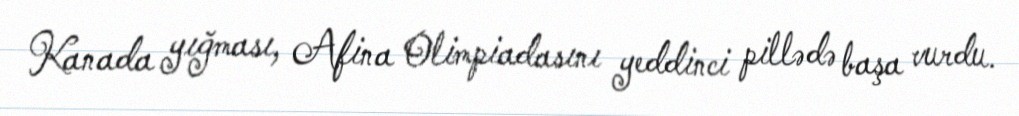
Kanada yığması, Afina Olimpiadasını yeddinci pillədə başa vurdu.